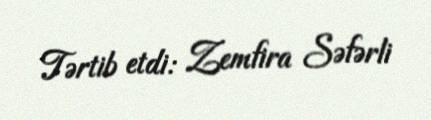
Tərtib etdi: Zemfira Səfərli